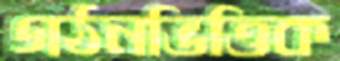
গঠনভিত্তিক